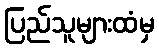
ပြည်သူများထံမှ